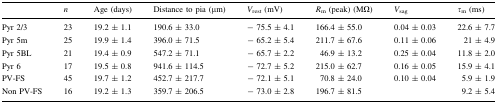
|  | n | Age (days) | Distance to pia (μm) | Vrest (mV) | Rm (peak) (MΩ) | Vsag | τm (ms) |
 | --- | --- | --- | --- | --- | --- | --- | --- |
 | Pyr 2/3 | 23 | 19.2 ± 1.1 | 190.6 ± 33.0 | − 75.5 ± 4.1 | 166.4 ± 55.0 | 0.04 ± 0.03 | 22.6 ± 7.7 |
 | Pyr 5m | 25 | 19.9 ± 1.4 | 396.0 ± 71.5 | − 65.2 ± 5.4 | 211.7 ± 67.6 | 0.11 ± 0.06 | 21 ± 4.9 |
 | Pyr 5BL | 21 | 19.4 ± 0.9 | 547.2 ± 71.1 | − 65.7 ± 2.2 | 46.9 ± 13.2 | 0.25 ± 0.04 | 11.8 ± 2.0 |
 | Pyr 6 | 17 | 19.5 ± 0.8 | 941.6 ± 114.5 | − 72.7 ± 5.2 | 215.0 ± 62.7 | 0.16 ± 0.05 | 15.9 ± 4.1 |
 | PV-FS | 45 | 19.7 ± 1.2 | 452.7 ± 217.7 | − 72.1 ± 5.1 | 70.8 ± 24.0 | 0.10 ± 0.04 | 5.9 ± 1.9 |
 | Non PV-FS | 16 | 19.2 ± 1.3 | 359.7 ± 206.5 | − 73.0 ± 2.8 | 196.7 ± 81.5 |  | 9.2 ± 5.4 |